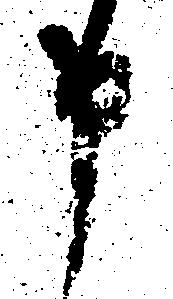
申